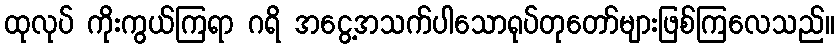
ထုလုပ် ကိုးကွယ်ကြရာ ဂရိ အငွေ့အသက်ပါသောရုပ်တုတော်များဖြစ်ကြလေသည်။